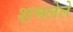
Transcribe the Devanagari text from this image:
शमलेले